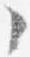
々